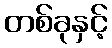
တစ်ခုနှင့်